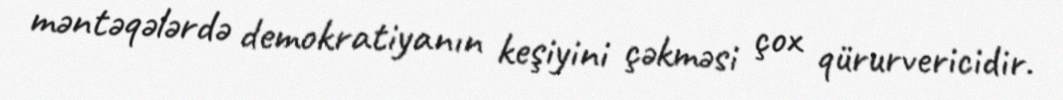
məntəqələrdə demokratiyanın keşiyini çəkməsi çox qürurvericidir.